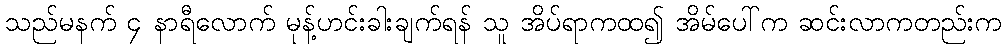
သည်မနက် ၄ နာရီလောက် မုန့်ဟင်းခါးချက်ရန် သူ အိပ်ရာကထ၍ အိမ်ပေါ်က ဆင်းလာကတည်းက